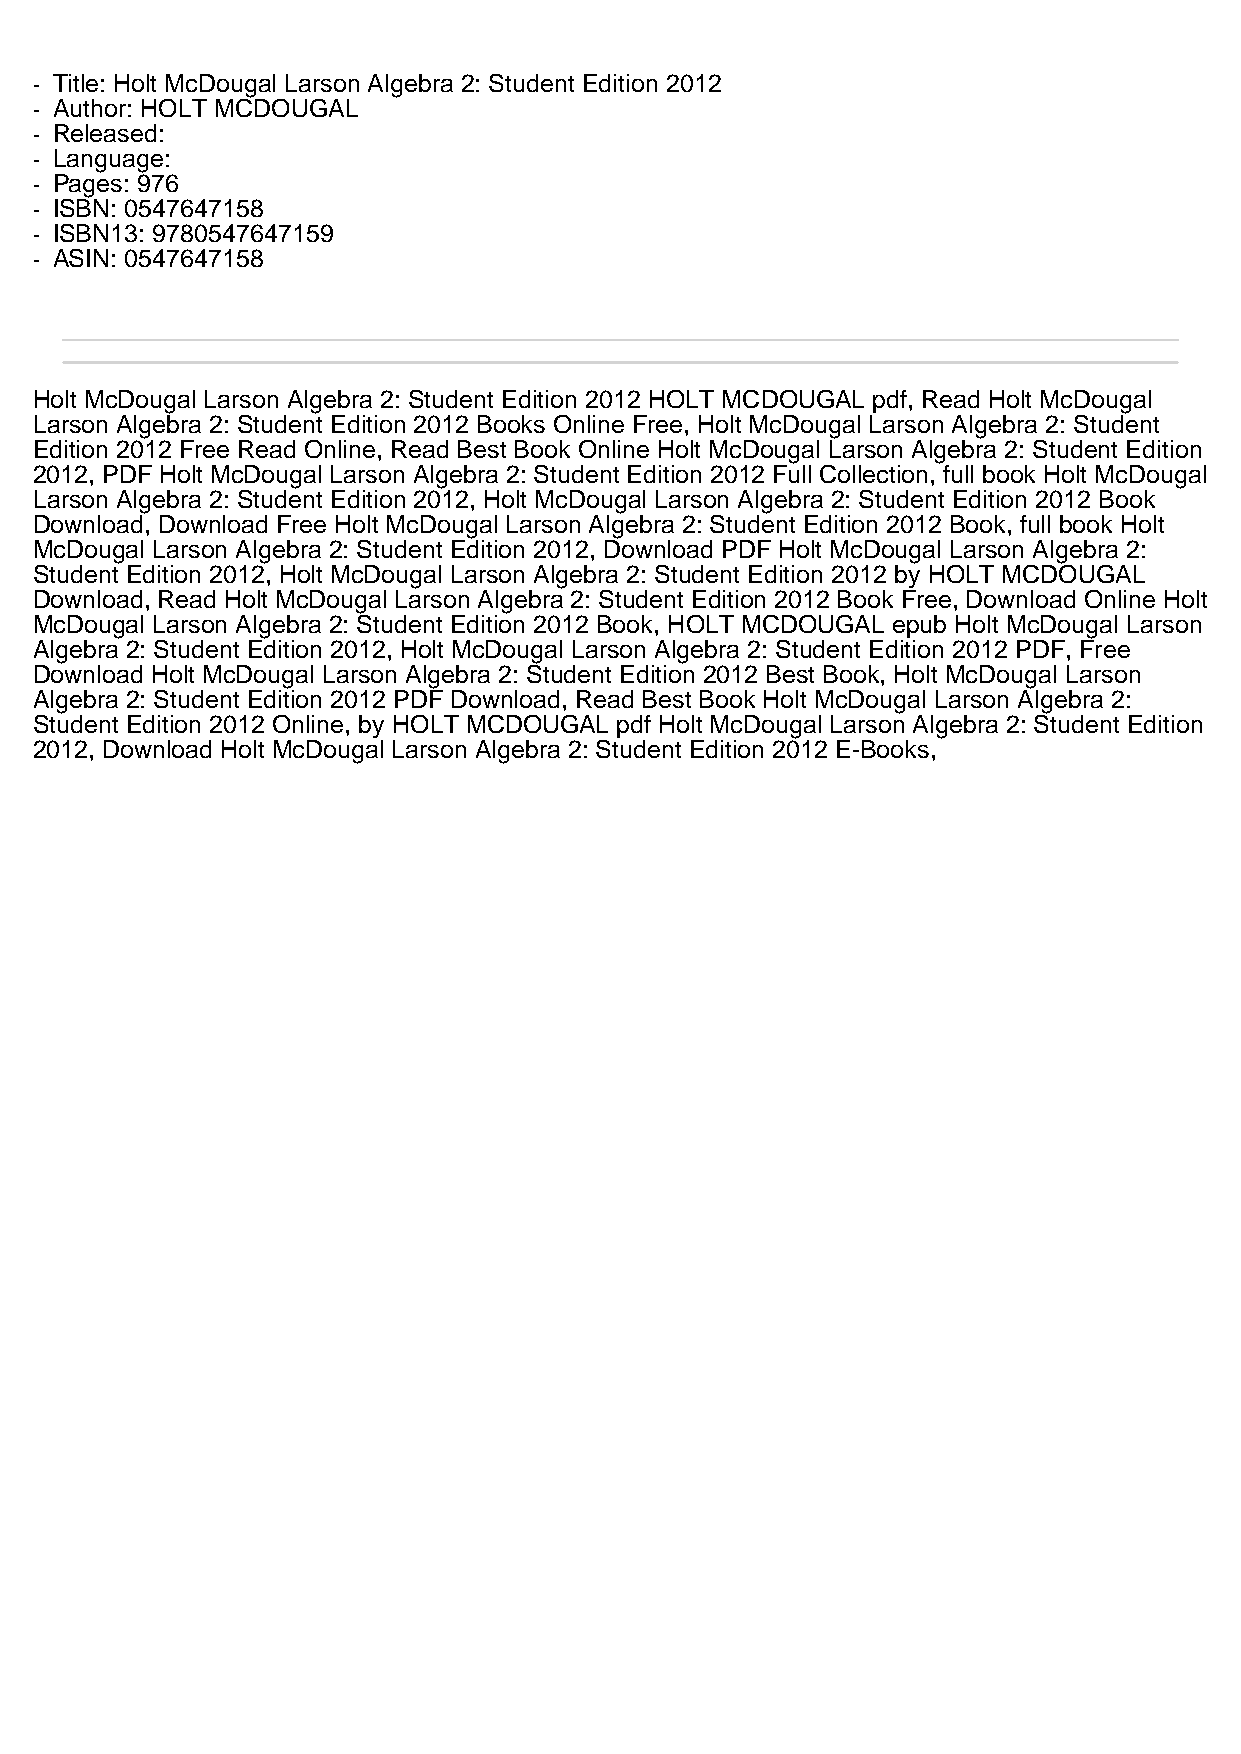
- Title: Holt McDougal Larson Algebra 2: Student Edition 2012
 - Author: HOLT MCDOUGAL
 - Released:
 - Language:
 - Pages: 976
 - ISBN: 0547647158
 - ISBN13: 9780547647159
 - ASIN: 0547647158
 Holt McDougal Larson Algebra 2: Student Edition 2012 HOLT MCDOUGAL pdf, Read Holt McDougal
 Larson Algebra 2: Student Edition 2012 Books Online Free, Holt McDougal Larson Algebra 2: Student
 Edition 2012 Free Read Online, Read Best Book Online Holt McDougal Larson Algebra 2: Student Edition
 2012, PDF Holt McDougal Larson Algebra 2: Student Edition 2012 Full Collection, full book Holt McDougal
 Larson Algebra 2: Student Edition 2012, Holt McDougal Larson Algebra 2: Student Edition 2012 Book
 Download, Download Free Holt McDougal Larson Algebra 2: Student Edition 2012 Book, full book Holt
 McDougal Larson Algebra 2: Student Edition 2012, Download PDF Holt McDougal Larson Algebra 2:
 Student Edition 2012, Holt McDougal Larson Algebra 2: Student Edition 2012 by HOLT MCDOUGAL
 Download, Read Holt McDougal Larson Algebra 2: Student Edition 2012 Book Free, Download Online Holt
 McDougal Larson Algebra 2: Student Edition 2012 Book, HOLT MCDOUGAL epub Holt McDougal Larson
 Algebra 2: Student Edition 2012, Holt McDougal Larson Algebra 2: Student Edition 2012 PDF, Free
 Download Holt McDougal Larson Algebra 2: Student Edition 2012 Best Book, Holt McDougal Larson
 Algebra 2: Student Edition 2012 PDF Download, Read Best Book Holt McDougal Larson Algebra 2:
 Student Edition 2012 Online, by HOLT MCDOUGAL pdf Holt McDougal Larson Algebra 2: Student Edition
 2012, Download Holt McDougal Larson Algebra 2: Student Edition 2012 E-Books,